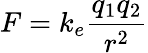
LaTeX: F=k_{e}{\frac{q_{1}q_{2}}{r^{2}}}